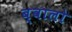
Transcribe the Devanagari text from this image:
ब्वालो